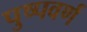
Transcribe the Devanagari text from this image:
पुष्पवर्ण